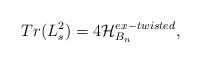
LaTeX: \begin{align*}Tr(L_s^2)=4{\cal H}_{B_n}^{ex-twisted}, \end{align*}